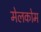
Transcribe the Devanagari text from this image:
मेलकोम